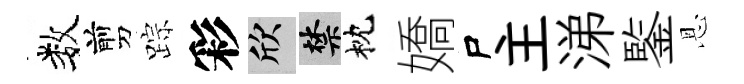
数剪踪彩欣禁枕嬌尸主涕鍳恩